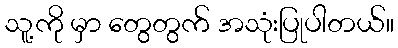
သူ့ကို မှာ တွေတွက် အသုံးပြုပါတယ်။